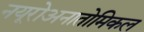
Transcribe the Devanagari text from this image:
नयूरोअनातोमिकल